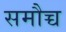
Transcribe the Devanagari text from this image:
समौच्च